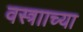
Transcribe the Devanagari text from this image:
वस्त्रााच्या